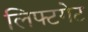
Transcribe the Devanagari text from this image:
लिफ्टगेट